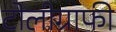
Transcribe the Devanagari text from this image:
टोलीग्राफी